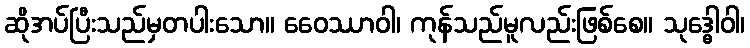
ဆိုအပ်ပြီးသည်မှတပါးသော။ ဝေေဿာဝါ၊ ကုန်သည်မူလည်းဖြစ်စေ။ သုဒ္ဓေါဝါ၊